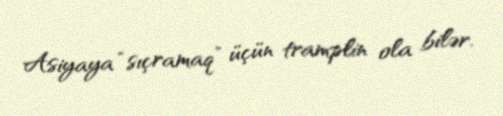
Asiyaya “sıçramaq” üçün tramplin ola bilər.